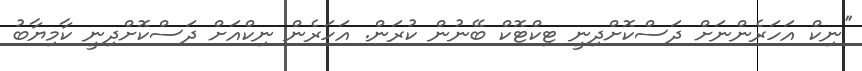
''ނިކް އަހަރެންނަށް ދަސްކޮށްދިނީ ޓިކްޓޮކް ބޭނުން ކުރަން. އަހަރެން ނިކްއަށް ދަސްކޮށްދިނީ ކާމިޔާބު